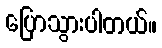
ပြောသွားပါတယ်။